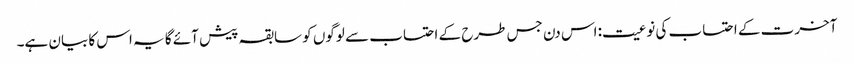
آخرت کے احتساب کی نوعیت: اس دن جس طرح کے احتساب سے لوگوں کو سابقہ پیش آئے گا یہ اس کا بیان ہے۔